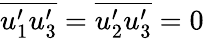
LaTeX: \overline{{u_{1}^{\prime}u_{3}^{\prime}}}=\overline{{u_{2}^{\prime}u_{3}^{\prime}}}=0